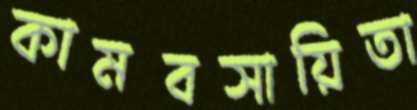
কামবসায়িতা